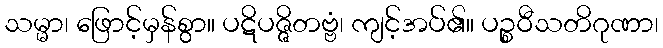
သမ္မာ၊ ဖြောင့်မှန်စွာ။ ပဋိပဇ္ဇိတဗ္ဗံ၊ ကျင့်အပ်၏။ ပဉ္စဝီသတိဂုဏာ၊